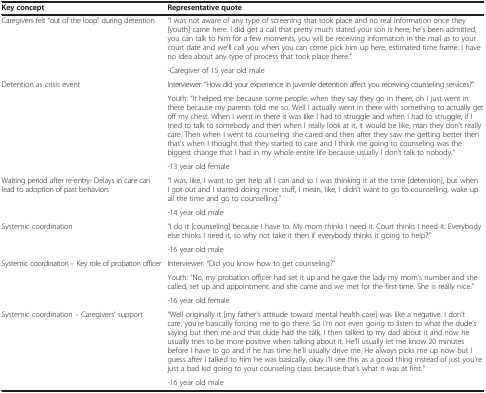
<table><thead><tr><td><b>Key concept</b></td><td><b>Representative quote</b></td></tr></thead><tbody><tr><td rowspan="2">Caregivers felt “out of the loop” during detention</td><td>“I was not aware of any type of screening that took place and no real information once they [youth] came here. I did get a call that pretty much stated your son is here, he’s been admitted, you can talk to him for a few moments, you will be receiving information in the mail as to your court date and we’ll call you when you can come pick him up here, estimated time frame. I have no idea about any type of process that took place there.”</td></tr><tr><td>-Caregiver of 15 year old male</td></tr><tr><td rowspan="3">Detention as crisis event</td><td>Interviewer: “How did your experience in juvenile detention affect you receiving counseling services?”</td></tr><tr><td>Youth: “It helped me because some people, when they say they go in there, oh I just went in there because my parents told me so. Well I actually went in there with something to actually get off my chest. When I went in there it was like I had to struggle and when I had to struggle, if I tried to talk to somebody and then when I really look at it, it would be like, man they don’t really care. Then when I went to counseling she cared and then after they saw me getting better then that&#x27;s when I thought that they started to care and I think me going to counseling was the biggest change that I had in my whole entire life because usually I don’t talk to nobody.”</td></tr><tr><td>-13 year old female</td></tr><tr><td rowspan="2">Waiting period after re-entry- Delays in care can lead to adoption of past behaviors</td><td>“I was, like, I want to get help all I can and so I was thinking it at the time [detention], but when I got out and I started doing more stuff, I mean, like, I didn’t want to go to counselling, wake up all the time and go to counselling.”</td></tr><tr><td>-14 year old male</td></tr><tr><td rowspan="2">Systemic coordination</td><td>“I do it [counseling] because I have to. My mom thinks I need it. Court thinks I need it. Everybody else thinks I need it, so why not take it then if everybody thinks it going to help?”</td></tr><tr><td>-16 year old male</td></tr><tr><td rowspan="3">Systemic coordination – Key role of probation officer</td><td>Interviewer: “Did you know how to get counseling?”</td></tr><tr><td>Youth: “No, my probation officer had set it up and he gave the lady my mom’s number and she called, set up and appointment, and she came and we met for the first time. She is really nice.”</td></tr><tr><td>-16 year old female</td></tr><tr><td rowspan="2">Systemic coordination – Caregivers’ support</td><td>“Well originally it [my father’s attitude toward mental health care] was like a negative. I don’t care, you’re basically forcing me to go there. So I’m not even going to listen to what the dude’s saying but then me and that dude had the talk. I then talked to my dad about it and now he usually tries to be more positive when talking about it. He’ll usually let me know 20 minutes before I have to go and if he has time he’ll usually drive me. He always picks me up now but I guess after I talked to him he was basically, okay I’ll see this as a good thing instead of just you’re just a bad kid going to your counseling class because that’s what it was at first.”</td></tr><tr><td>-16 year old male</td></tr></tbody></table>